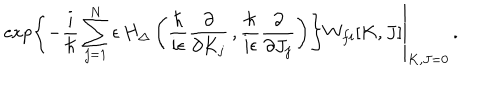
\left. \exp \left\{ - \frac { i } { \hbar } \sum _ { j = 1 } ^ { N } \epsilon \, H _ { \Delta } \left( \frac { \hbar } { i \epsilon } \frac { \partial } { \partial K _ { j } } \, , \frac { \hbar } { i \epsilon } \frac { \partial } { \partial J _ { j } } \right) \right\} W _ { f i } [ K , J ] \right| _ { K , J = 0 } \, .